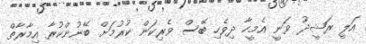
އަލީ ރަޝީދު ވަނީ އެމީހާ ދިވެހި ބޭސް ވެރިކަން ކުރުމަށް ބޭނުންކުރާ އިމާރާތް